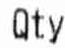
QTY